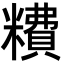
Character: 䊧